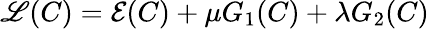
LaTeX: \mathscr{L}(C)=\mathcal{E}(C)+\mu G_{1}(C)+\lambda G_{2}(C)